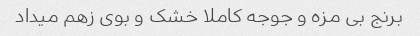
برنج بی مزه و جوجه کاملا خشک و بوی زهم میداد